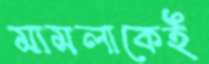
মামলাকেই